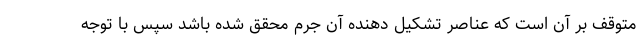
متوقف بر آن است که عناصر تشکیل دهنده آن جرم محقق شده باشد سپس با توجه